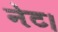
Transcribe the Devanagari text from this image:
नेट।